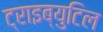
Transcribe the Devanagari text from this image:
ट्राइब्युटिल